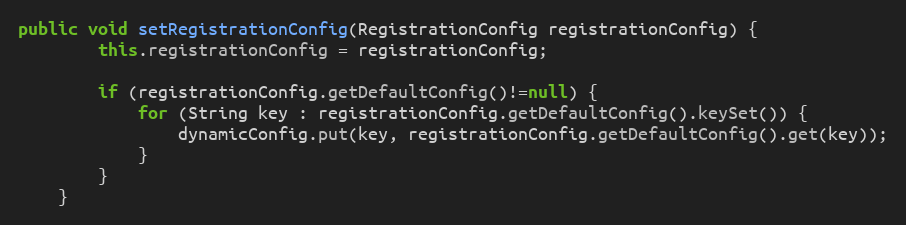
Language: Java
public void setRegistrationConfig(RegistrationConfig registrationConfig) {
        this.registrationConfig = registrationConfig;

        if (registrationConfig.getDefaultConfig()!=null) {
            for (String key : registrationConfig.getDefaultConfig().keySet()) {
                dynamicConfig.put(key, registrationConfig.getDefaultConfig().get(key));
            }
        }
    }